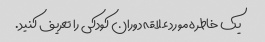
یک خاطره مورد علاقه دوران کودکی را تعریف کنید.